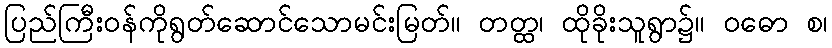
ပြည်ကြီးဝန်ကိုရွတ်ဆောင်သောမင်းမြတ်။ တတ္ထ၊ ထိုခိုးသူရွာ၌။ ဝဓော စ၊